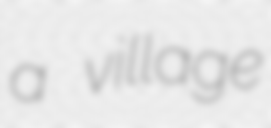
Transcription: a village